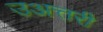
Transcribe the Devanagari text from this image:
उअत्तरी